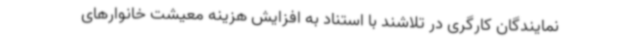
نمایندگان کارگری در تلاشند با استناد به افزایش هزینه معیشت خانوارهای